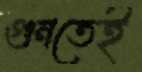
গুনতেই